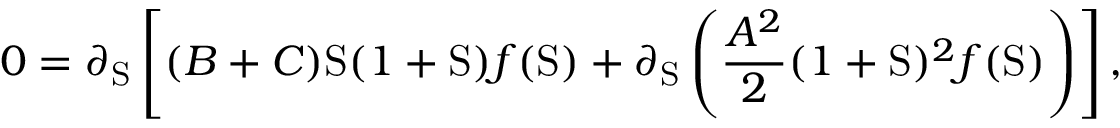
0 = \partial _ { \mathrm { S } } \left[ ( B + C ) \mathrm { S } ( 1 + \mathrm { S } ) f ( \mathrm { S } ) + \partial _ { \mathrm { S } } \left( \frac { A ^ { 2 } } { 2 } ( 1 + \mathrm { S } ) ^ { 2 } f ( \mathrm { S } ) \right) \right] ,